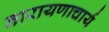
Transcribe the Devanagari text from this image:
नारायणाचार्य